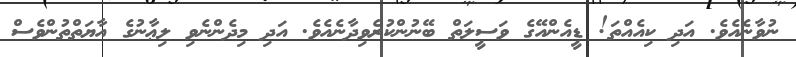
ނުވާނެއެވެ. އަދި ކިއެއްތަ! ޑީއެންއޭގެ ވަސީލަތް ބޭނުންކުރެވިދާނެއެވެ. އަދި މިދެންނެވި ލިޢާނުގެ އާޔަތްތުންވެސް